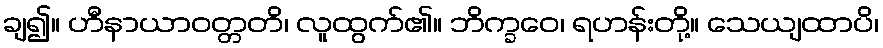
ချ၍။ ဟီနာယာဝတ္တတိ၊ လူထွက်၏။ ဘိက္ခဝေ၊ ရဟန်းတို့။ သေယျထာပိ၊